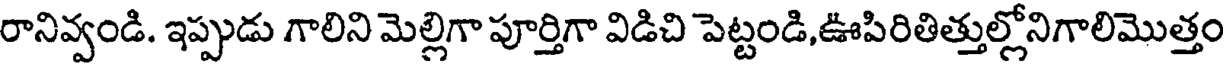
రానివ్వండి. ఇప్పుడు గాలిని మెల్లిగా పూర్తిగా విడిచి పెట్టండి,ఊపిరితిత్తుల్లోనిగాలిమొత్తం